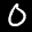
Label: 0